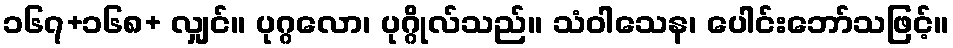
၁၆၇+၁၆၈+ လျှင်။ ပုဂ္ဂလော၊ ပုဂ္ဂိုလ်သည်။ သံဝါသေန၊ ပေါင်းဘော်သဖြင့်။